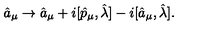
\hat { a } _ { \mu } \rightarrow \hat { a } _ { \mu } + i [ \hat { p } _ { \mu } , \hat { \lambda } ] - i [ \hat { a } _ { \mu } , \hat { \lambda } ] .